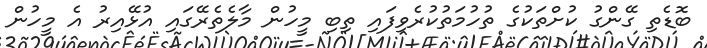
ބޮޑެތި ގޭންގު ކުށްތަކުގެ ތުހުމަތުކުރެވިފައި ތިބި މީހުން މާލެތެރޭގައި އުޅޭއިރު އެ މީހުން